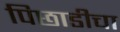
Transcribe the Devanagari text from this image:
पिछाडीचा